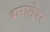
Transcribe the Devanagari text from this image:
बाराशेवर